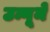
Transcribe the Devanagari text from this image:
उन्गूमे